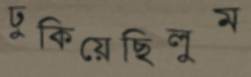
ঢুকিয়েছিলুম